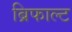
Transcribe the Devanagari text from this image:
ब्रिफाल्ट